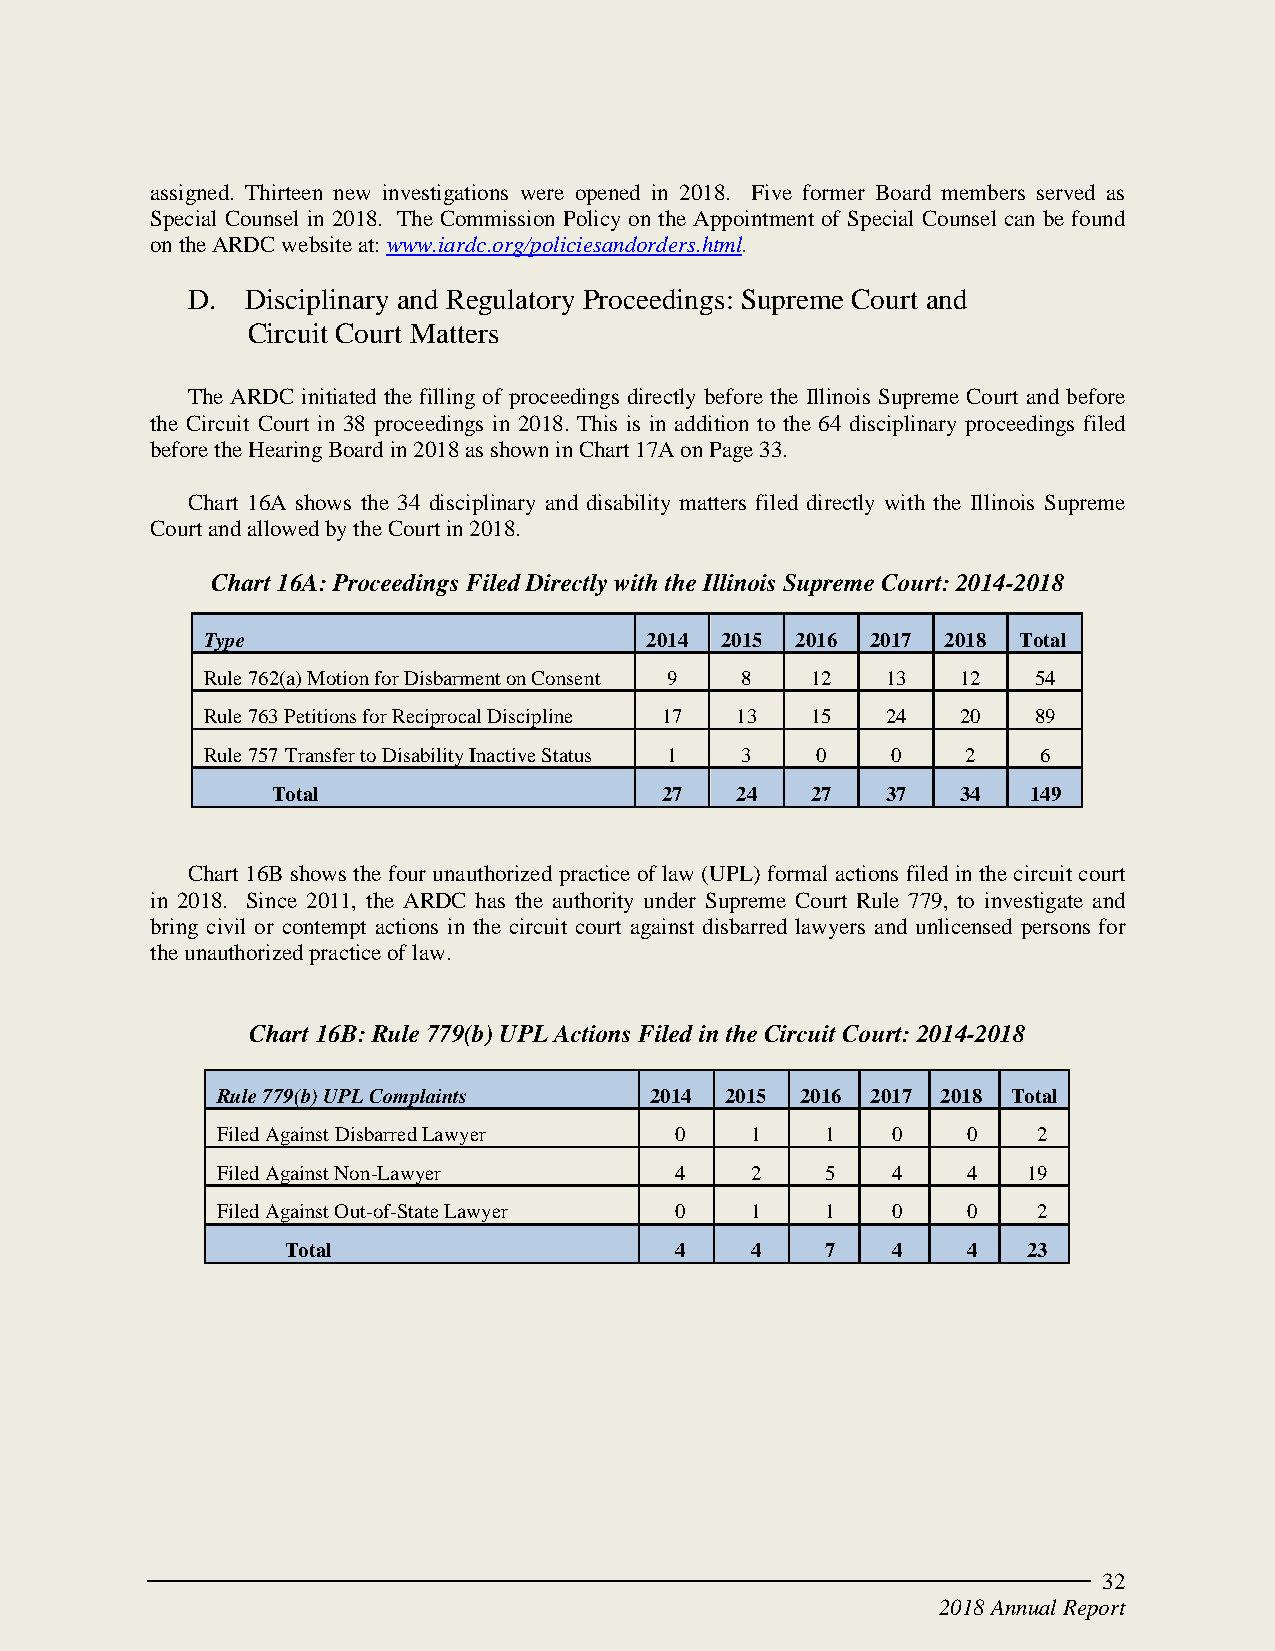
assigned. Thirteen new investigations were opened in 2018. Five former Board members served as
 Special Counsel in 2018. The Commission Policy on the Appointment of Special Counsel can be found
 on the ARDC website at: www.iardc.org/policiesandorders.html.
 D.  Disciplinary and Regulatory Proceedings: Supreme Court and
 Circuit Court Matters
 The ARDC initiated the filling of proceedings directly before the Illinois Supreme Court and before
 the Circuit Court in 38 proceedings in 2018. This is in addition to the 64 disciplinary proceedings filed
 before the Hearing Board in 2018 as shown in Chart 17A on Page 33.
 Chart 16A shows the 34 disciplinary and disability matters filed directly with the Illinois Supreme
 Court and allowed by the Court in 2018.
 Chart 16A: Proceedings Filed Directly with the Illinois Supreme Court: 2014-2018
 Type                          2014 2015 2016 2017 2018 Total
 Rule 762(a) Motion for Disbarment on Consent 9 8 12 13 12 54
 Rule 763 Petitions for Reciprocal Discipline 17 13 15 24 20 89
 Rule 757 Transfer to Disability Inactive Status 1 3 0 0 2 6
 Total                     27   24   27   37   34  149
 Chart 16B shows the four unauthorized practice of law (UPL) formal actions filed in the circuit court
 in 2018. Since 2011, the ARDC has the authority under Supreme Court Rule 779, to investigate and
 bring civil or contempt actions in the circuit court against disbarred lawyers and unlicensed persons for
 the unauthorized practice of law.
 Chart 16B: Rule 779(b) UPL Actions Filed in the Circuit Court: 2014-2018
 Rule 779(b) UPL Complaints   2014 2015 2016 2017 2018 Total
 Filed Against Disbarred Lawyer 0    1    1   0    0    2
 Filed Against Non-Lawyer       4    2    5   4    4   19
 Filed Against Out-of-State Lawyer 0 1    1   0    0    2
 Total                     4    4    7   4    4   23
 32
 2018 Annual Report